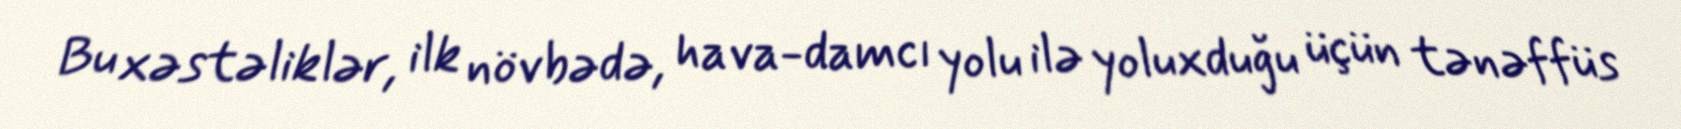
Bu xəstəliklər, ilk növbədə, hava-damcı yolu ilə yoluxduğu üçün tənəffüs